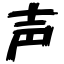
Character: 声